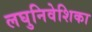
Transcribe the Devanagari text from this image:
लघुनिवेशिका